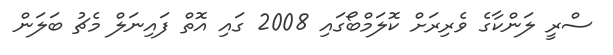
ސްރީ ލަންކާގެ ވެރިރަށް ކޮލަމްބޯގައި 2008 ގައި އޮތް ފައިނަލް މެޗު ބަލަން